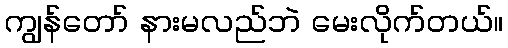
ကျွန်တော် နားမလည်ဘဲ မေးလိုက်တယ်။